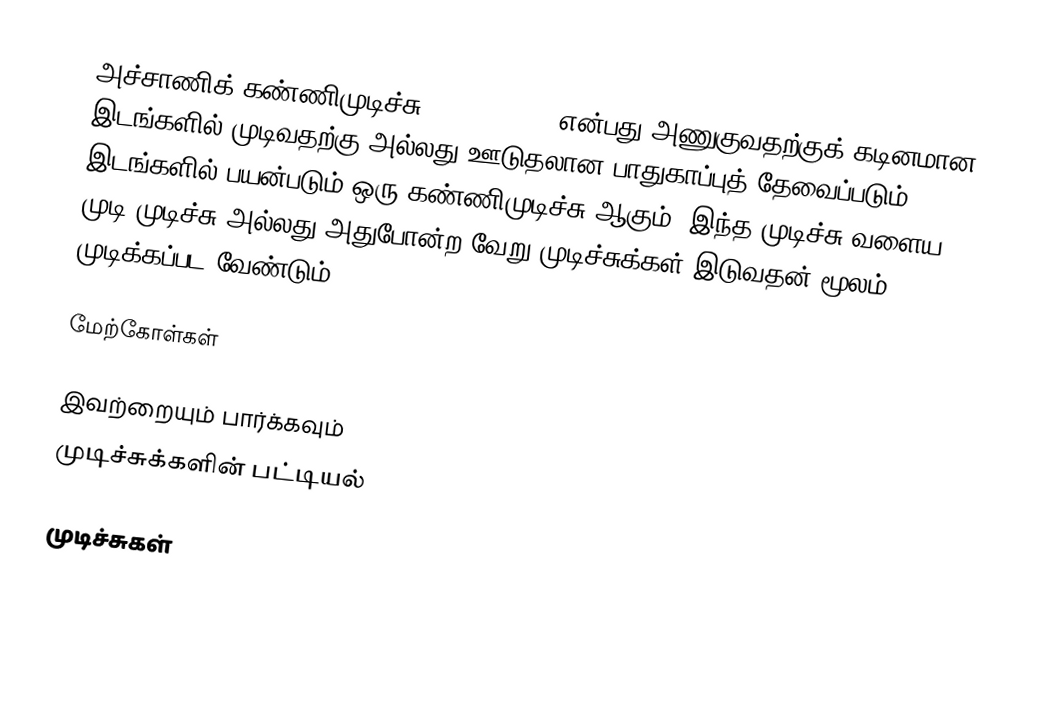
அச்சாணிக் கண்ணிமுடிச்சு (Axle hitch) என்பது அணுகுவதற்குக் கடினமான இடங்களில் முடிவதற்கு அல்லது ஊடுதலான பாதுகாப்புத் தேவைப்படும் இடங்களில் பயன்படும் ஒரு கண்ணிமுடிச்சு ஆகும். இந்த முடிச்சு வளைய முடி முடிச்சு அல்லது அதுபோன்ற வேறு முடிச்சுக்கள் இடுவதன் மூலம் முடிக்கப்பட வேண்டும்.

மேற்கோள்கள்

இவற்றையும் பார்க்கவும்
முடிச்சுக்களின் பட்டியல்

முடிச்சுகள்